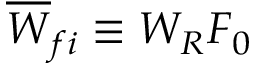
\overline { { W } } _ { f i } \equiv W _ { R } F _ { 0 }